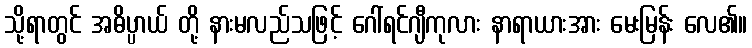
သို့ရာတွင် အဓိပ္ပာယ် တို့ နားမလည်သဖြင့် ဂေါ်ရင်ဂျီကုလား နာရာယားအား မေးမြန်း လေ၏။